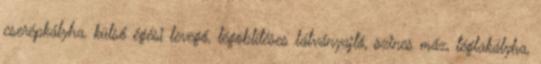
cserépkályha, külső égési levegő, légöblítéses látványajtó, szines máz, téglakályha,